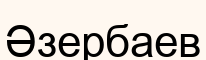
Әзербаев